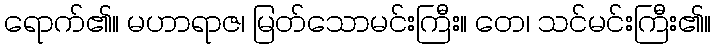
ရောက်၏။ မဟာရာဇ၊ မြတ်သောမင်းကြီး။ တေ၊ သင်မင်းကြီး၏။